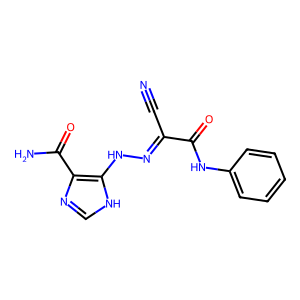
SMILES: N#CC(=NNc1[nH]cnc1C(N)=O)C(=O)Nc1ccccc1
Inhibits HIV replication: No